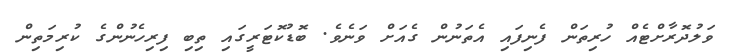
ވަލުދޮރާށްޓެއް ހުރިތަން ފެނިފައި އެތަނުން ގެއަށް ވަނެވެ. ބޮޑުކޮޓަރީގައި ތިބި ފިރިހެނުންގެ ކުރިމަތިން